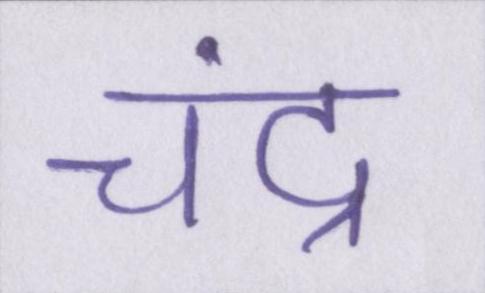
चंद्र